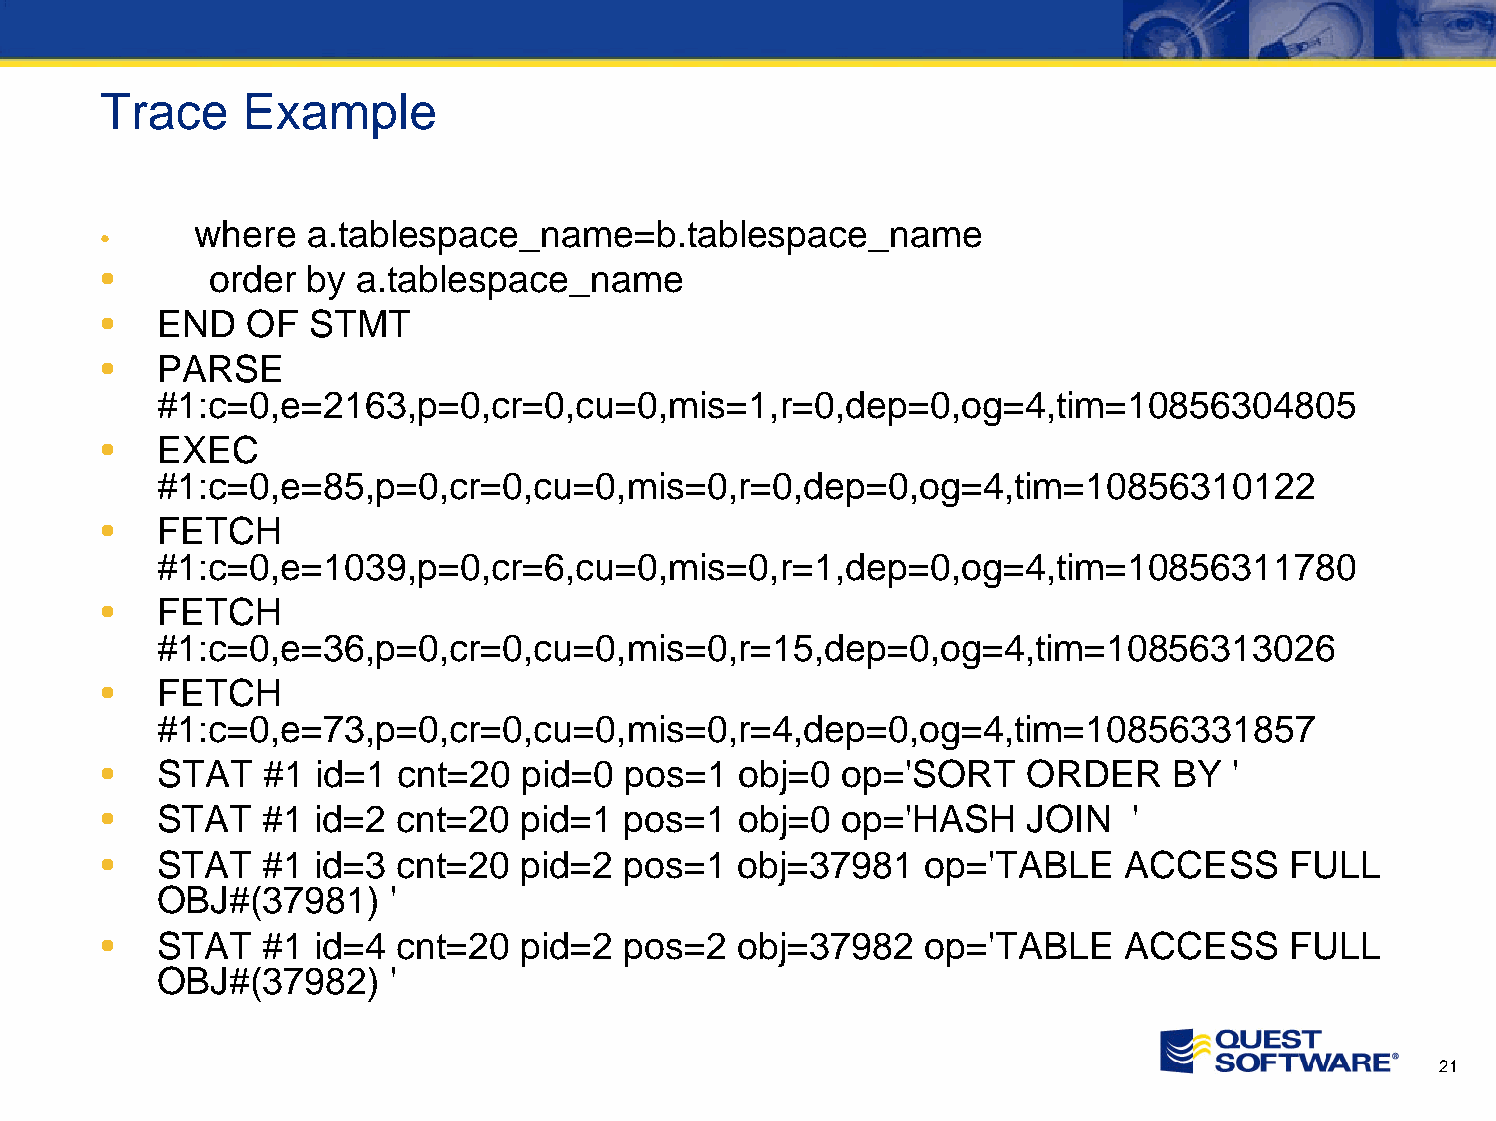
Trace    Example
 where  a.tablespace_name=b.tablespace_name
 •
 •      order by  a.tablespace_name
 •  END   OF   STMT
 •  PARSE
 #1:c=0,e=2163,p=0,cr=0,cu=0,mis=1,r=0,dep=0,og=4,tim=10856304805
 •  EXEC
 #1:c=0,e=85,p=0,cr=0,cu=0,mis=0,r=0,dep=0,og=4,tim=10856310122
 •  FETCH
 #1:c=0,e=1039,p=0,cr=6,cu=0,mis=0,r=1,dep=0,og=4,tim=10856311780
 •  FETCH
 #1:c=0,e=36,p=0,cr=0,cu=0,mis=0,r=15,dep=0,og=4,tim=10856313026
 •  FETCH
 #1:c=0,e=73,p=0,cr=0,cu=0,mis=0,r=4,dep=0,og=4,tim=10856331857
 •  STAT    #1 id=1 cnt=20   pid=0 pos=1   obj=0  op='SORT    ORDER     BY  '
 •  STAT    #1 id=2 cnt=20   pid=1 pos=1   obj=0  op='HASH    JOIN   '
 •  STAT    #1 id=3 cnt=20   pid=2 pos=1   obj=37981   op='TABLE     ACCESS    FULL
 OBJ#(37981)     '
 •  STAT    #1 id=4 cnt=20   pid=2 pos=2   obj=37982   op='TABLE     ACCESS    FULL
 OBJ#(37982)     '
 21